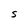
Character: S